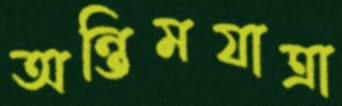
অন্তিমযাত্রা